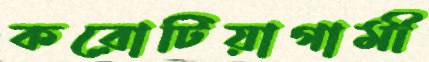
করোটিয়াগামী